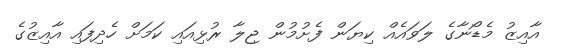
އާއިޒު މެޑޯނާގެ ލަވައެއް ކިޔަން ފެށުމުން ޖިލާ ރުޅިއައި ކަމަށް ހެދިފައި އާއިޒުގެ